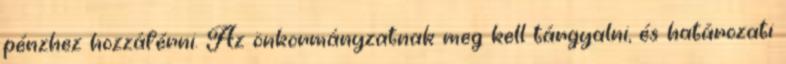
pénzhez hozzáférni. Az önkormányzatnak meg kell tárgyalni, és határozati